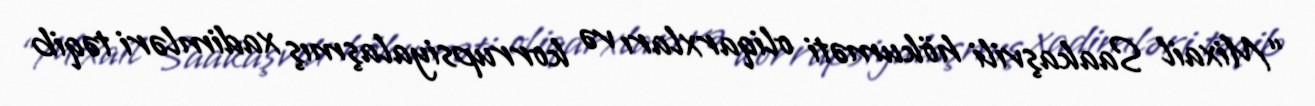
“Mixail Saakaşvili hökuməti oliqarxları və korrupsiyalaşmış xadimləri təqib